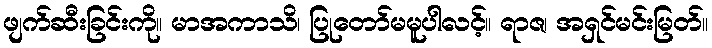
ဖျက်ဆီးခြင်းကို။ မာအကာသိ၊ ပြုတော်မမူပါလင့်။ ရာဇ၊ အရှင်မင်းမြတ်။